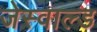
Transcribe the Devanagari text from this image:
जेस्वाल्ड